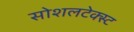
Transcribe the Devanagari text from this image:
सोशलटेक्स्ट